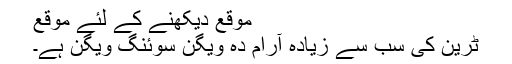
موقع دیکھنے کے لئے موقع
ٹرین کی سب سے زیادہ آرام دہ ویگن سوئنگ ویگن ہے۔